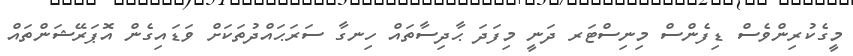
މީގެކުރިންވެސް ޑިފެންސް މިނިސްޓަރ ދަނީ މިފަދަ ޙާދިސާތައް ހިނގާ ސަރަޙައްދުތަކަށް ވަޑައިގެން އޮޕަރޭޝަންތައް